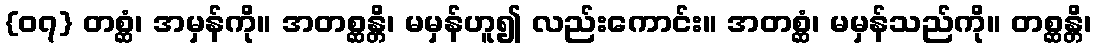
{၀၇} တစ္ဆံ၊ အမှန်ကို။ အတစ္ဆန္တိ၊ မမှန်ဟူ၍ လည်းကောင်း။ အတစ္ဆံ၊ မမှန်သည်ကို။ တစ္ဆန္တိ၊